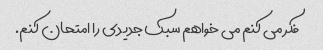
فکر می کنم می خواهم سبک جدیدی را امتحان کنم.